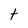
Character: t